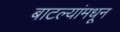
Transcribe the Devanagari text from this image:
बाटल्यांमधून